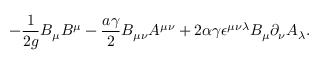
- { \frac { 1 } { 2 g } } B _ { \mu } B ^ { \mu } - { \frac { a \gamma } { 2 } } B _ { \mu \nu } A ^ { \mu \nu } + 2 \alpha \gamma \epsilon ^ { \mu \nu \lambda } B _ { \mu } \partial _ { \nu } A _ { \lambda } .